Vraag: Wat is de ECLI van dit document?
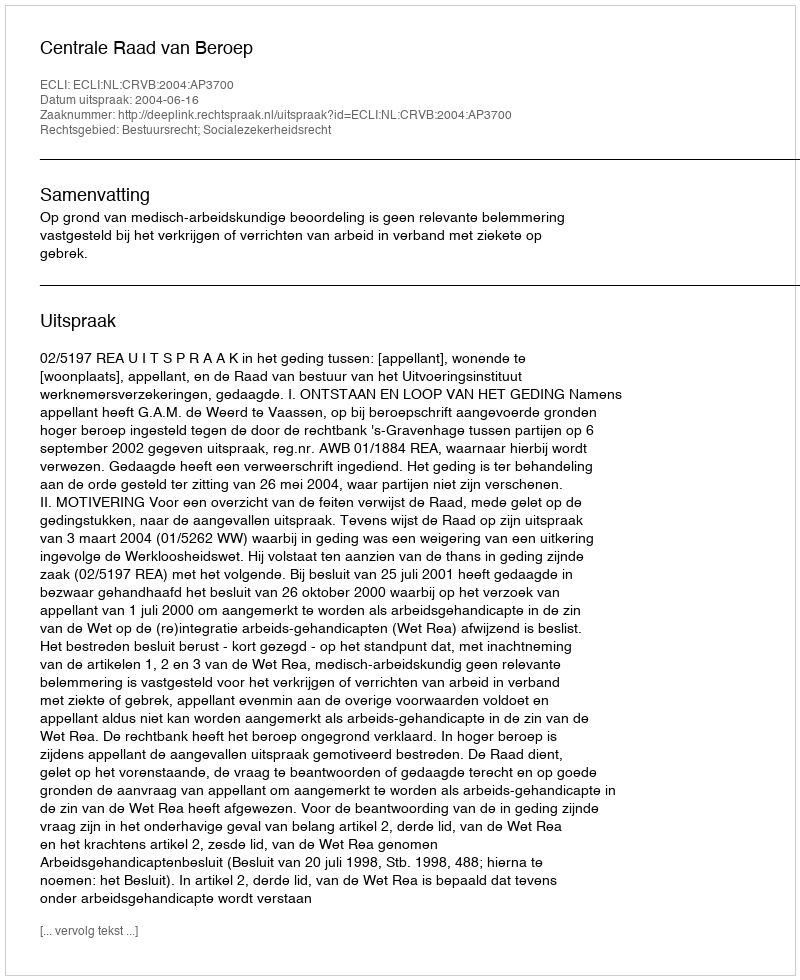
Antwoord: ECLI:NL:CRVB:2004:AP3700